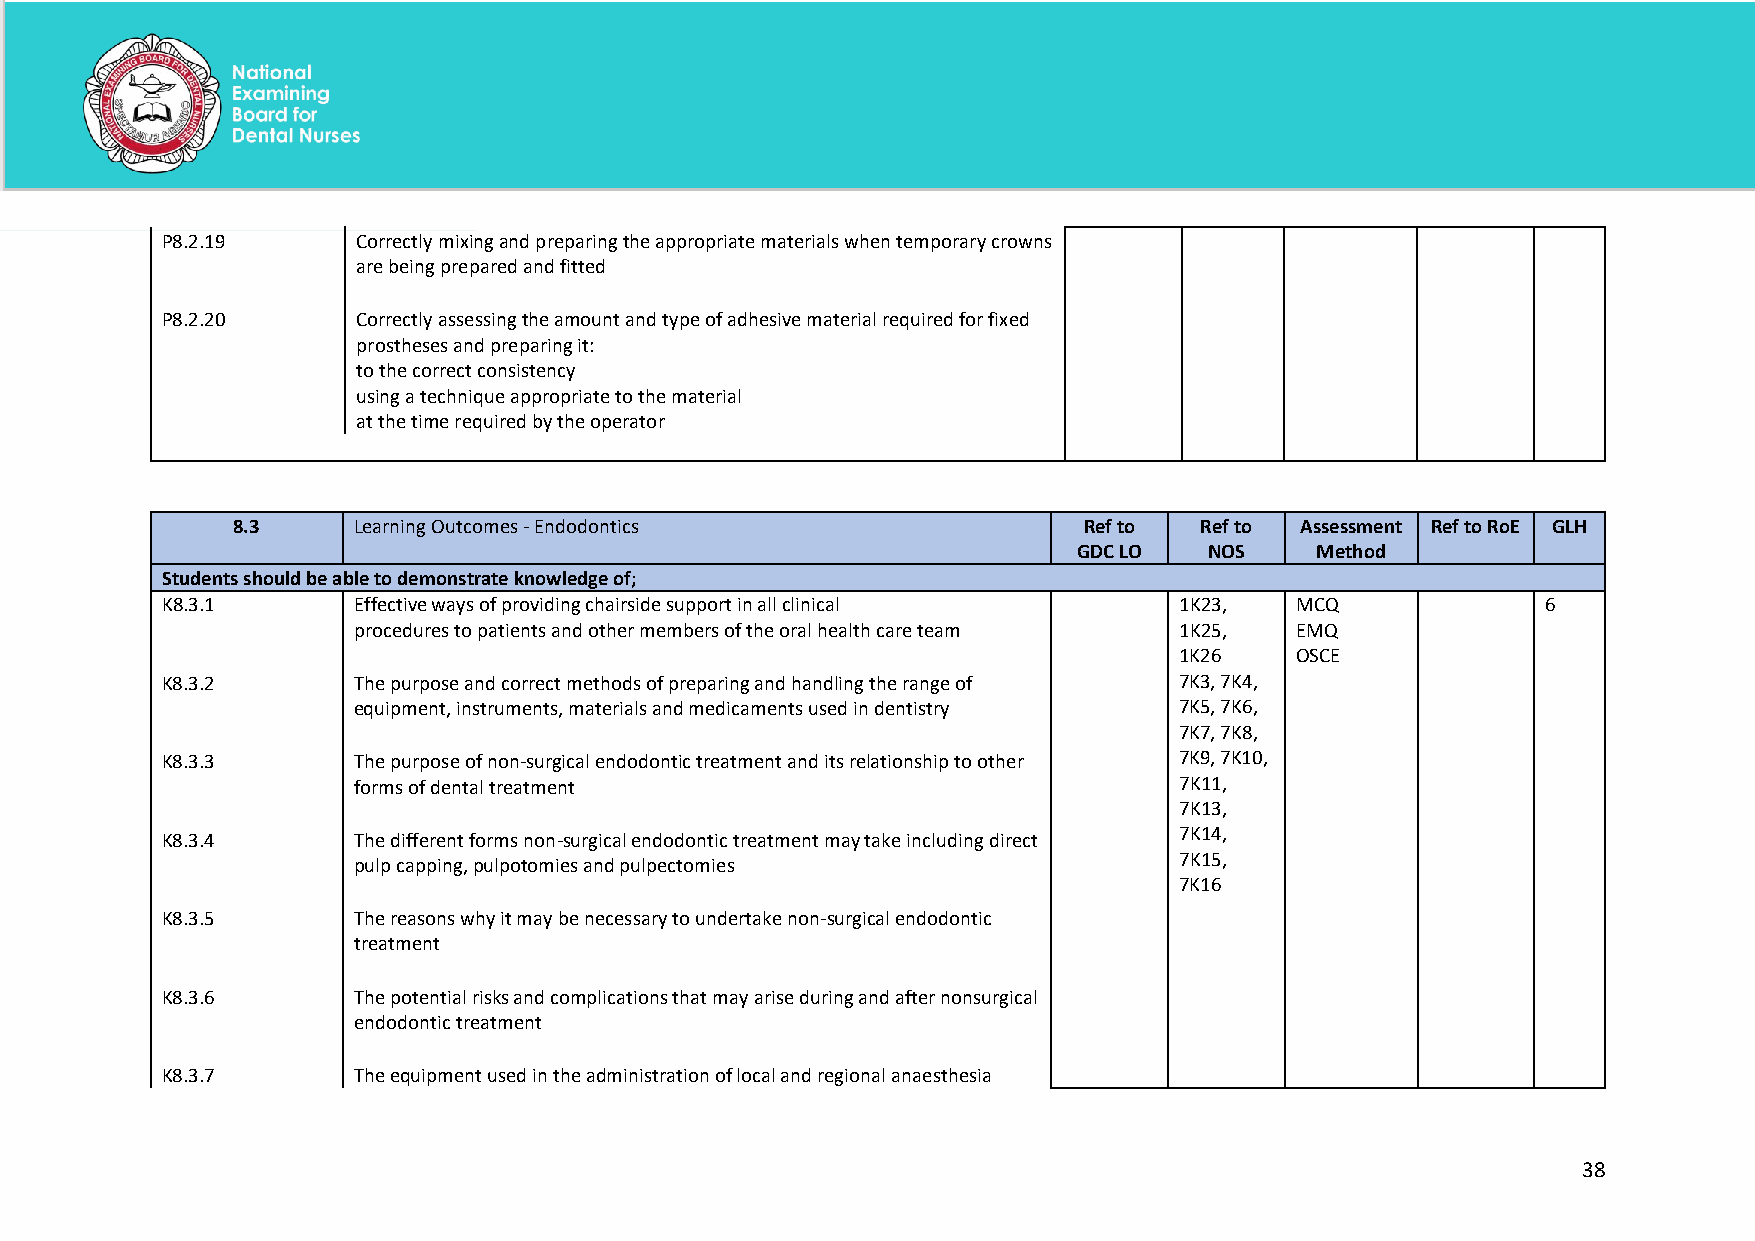
P8.2.19      Correctly mixing and preparing the appropriate materials when temporary crowns
 are being prepared and fitted
 P8.2.20      Correctly assessing the amount and type of adhesive material required for fixed
 prostheses and preparing it:
 to the correct consistency
 using a technique appropriate to the material
 at the time required by the operator
 8.3     Learning Outcomes - Endodontics                  Ref to Ref to Assessment Ref to RoE GLH
 GDC LO   NOS    Method
 Students should be able to demonstrate knowledge of;
 K8.3.1      Effective ways of providing chairside support in all clinical 1K23, MCQ        6
 procedures to patients and other members of the oral health care team 1K25, EMQ
 1K26    OSCE
 K8.3.2      The purpose and correct methods of preparing and handling the range of 7K3, 7K4,
 equipment, instruments, materials and medicaments used in dentistry 7K5, 7K6,
 7K7, 7K8,
 K8.3.3      The purpose of non-surgical endodontic treatment and its relationship to other 7K9, 7K10,
 forms of dental treatment                              7K11,
 7K13,
 K8.3.4      The different forms non-surgical endodontic treatment may take including direct 7K14,
 pulp capping, pulpotomies and pulpectomies             7K15,
 7K16
 K8.3.5      The reasons why it may be necessary to undertake non-surgical endodontic
 treatment
 K8.3.6      The potential risks and complications that may arise during and after nonsurgical
 endodontic treatment
 K8.3.7      The equipment used in the administration of local and regional anaesthesia
 38
 National Examining Board for Dental Nurses